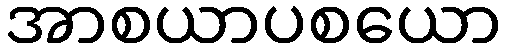
အာစယာပစယော